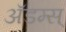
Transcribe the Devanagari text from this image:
ॲडम्स्